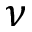
\nu